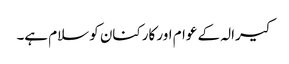
کیرالہ کے عوام اور کارکنان کو سلام ہے۔